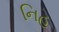
નિહ